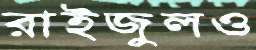
রাইজুলও